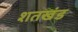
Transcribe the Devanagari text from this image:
शतखंड